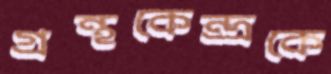
গ্রন্থকেন্দ্রকে